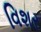
વિશર